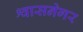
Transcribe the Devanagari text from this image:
श्वासनेगर